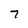
Character: 7